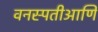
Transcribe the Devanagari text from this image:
वनस्पतीआणि